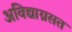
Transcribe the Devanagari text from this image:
अविद्याग्रसत